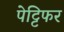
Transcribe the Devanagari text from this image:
पेट्टिफर